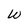
Character: W